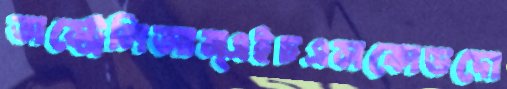
অস্ট্রেলিআন্‌এইচএসকোডদো